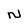
Character: N